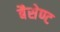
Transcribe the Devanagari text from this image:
बैसेण्ट